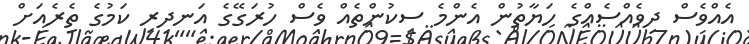
އެއްވެސް ދިވެއްސެއްގެ ހަޔާތުން އެންމެ ސިކުންތެއް ވެސް ހުރަގޭގެ އަނދިރި ކަމުގެ ތެރެއަށް